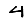
Digit: 4